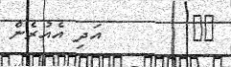
٤٨        އަދި އެއުރެން